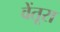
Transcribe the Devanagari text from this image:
वेंतूरा